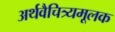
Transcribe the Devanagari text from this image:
अर्थवैचित्र्यमूलक